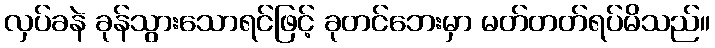
လှပ်ခနဲ ခုန်သွားသောရင်ဖြင့် ခုတင်ဘေးမှာ မတ်တတ်ရပ်မိသည်။